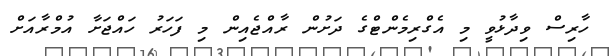
ހާރިސް ވިދާޅުވީ މި އެގްރިމެންޓްގެ ދަށުން ރާއްޖެއިން މި ފަހަރު ހައްޖަށާ އުމްރާއަށް